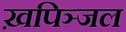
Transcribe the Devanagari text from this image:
ख़पिञ्जल